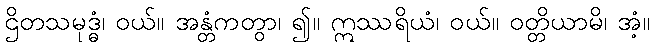
ဌိတသမုဒ္ဓံ၊ ဝယ်။ အန္တံကတွာ၊ ၍။ ဣဿရိယံ၊ ဝယ်။ ဝတ္တိယာမိ၊ အံ့။